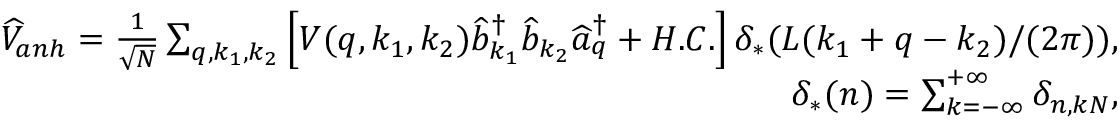
\begin{array} { r } { \widehat { V } _ { a n h } = \frac { 1 } { \sqrt { N } } \sum _ { q , k _ { 1 } , k _ { 2 } } \left[ V ( q , k _ { 1 } , k _ { 2 } ) \widehat { b } _ { k _ { 1 } } ^ { \dagger } \widehat { b } _ { k _ { 2 } } \widehat { a } _ { q } ^ { \dagger } + H . C . \right] \delta _ { * } ( L ( k _ { 1 } + q - k _ { 2 } ) / ( 2 \pi ) ) , } \\ { \delta _ { * } ( n ) = \sum _ { k = - \infty } ^ { + \infty } \delta _ { n , k N } , } \end{array}